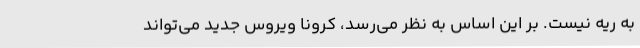
به ریه نیست. بر این اساس به نظر می‌رسد، کرونا ویروس جدید می‌تواند